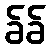
ခ်ခ်